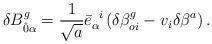
LaTeX: \begin{align*}\delta B^{g}_{\hat{0}\alpha} = \frac{1}{\sqrt{a}}{\bar{e}}_{\alpha}^{\;\;i} \left(\delta {\beta}^{g}_{oi} - v_{i}\delta \beta^{a} \right).\end{align*}